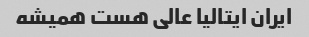
ایران ایتالیا عالی هست همیشه